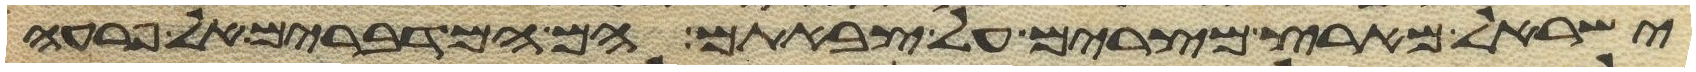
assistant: ישראל מארץ מצרים על צבאתם הם המדברים אל פרעה